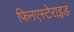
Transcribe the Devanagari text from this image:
फिनएस्टेराइड